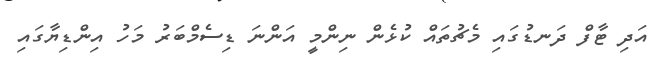
އަދި ޓާފް ދަނޑުގައި މެޗުތައް ކުޅެން ނިންމީ އަންނަ ޑިސެމްބަރު މަހު އިންޑިޔާގައި